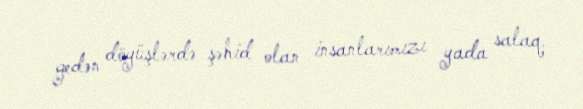
gedən döyüşlərdə şəhid olan insanlarımızı yada salaq.